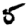
Digit: 5